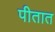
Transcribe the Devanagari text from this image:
पीतात